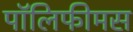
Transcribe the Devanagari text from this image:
पॉलिफीमस